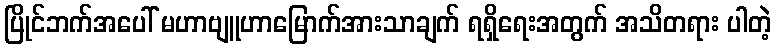
ပြိုင်ဘက်အပေါ် မဟာဗျူဟာမြောက်အားသာချက် ရရှိရေးအတွက် အသိတရား ပါတဲ့